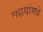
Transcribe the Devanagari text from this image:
व्यायांमधे